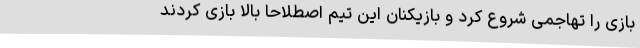
بازی را تهاجمی شروع کرد و بازیکنان این تیم اصطلاحا بالا بازی کردند